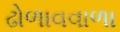
ઢોળાવવાળા